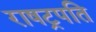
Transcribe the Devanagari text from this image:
राषट्रपति